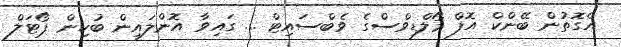
އެގޮތުން ބޭންކް އޮފް މޯލްޑިވްސްގެ ވެބްސައިޓް ... ގައިވާ އޮންލައިން ބުކިން ޕޯޓަލް